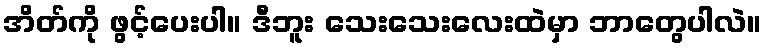
အိတ်ကို ဖွင့်ပေးပါ။ ဒီဘူး သေးသေးလေးထဲမှာ ဘာတွေပါလဲ။